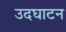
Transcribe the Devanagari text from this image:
उदघाटन